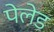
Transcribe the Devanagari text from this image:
पेलेड